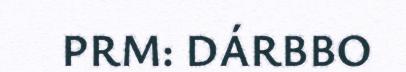
PRM: DÁRBBO